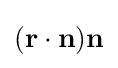
(\mathbf {r} \cdot \mathbf {n} )\mathbf {n}